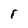
Character: r